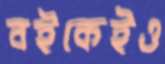
বইকেইও